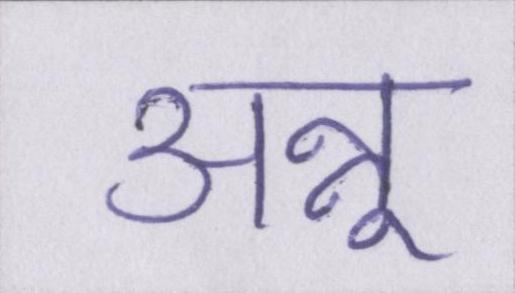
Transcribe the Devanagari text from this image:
अन्नू